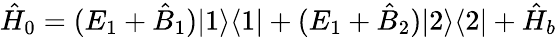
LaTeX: \hat{H}_{0}=(E_{1}+\hat{B}_{1})|1\rangle\langle 1|+(E_{1}+\hat{B}_{2})|2\rangle\langle 2|+\hat{H}_{b}